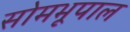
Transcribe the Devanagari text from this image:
सोमभूपाल